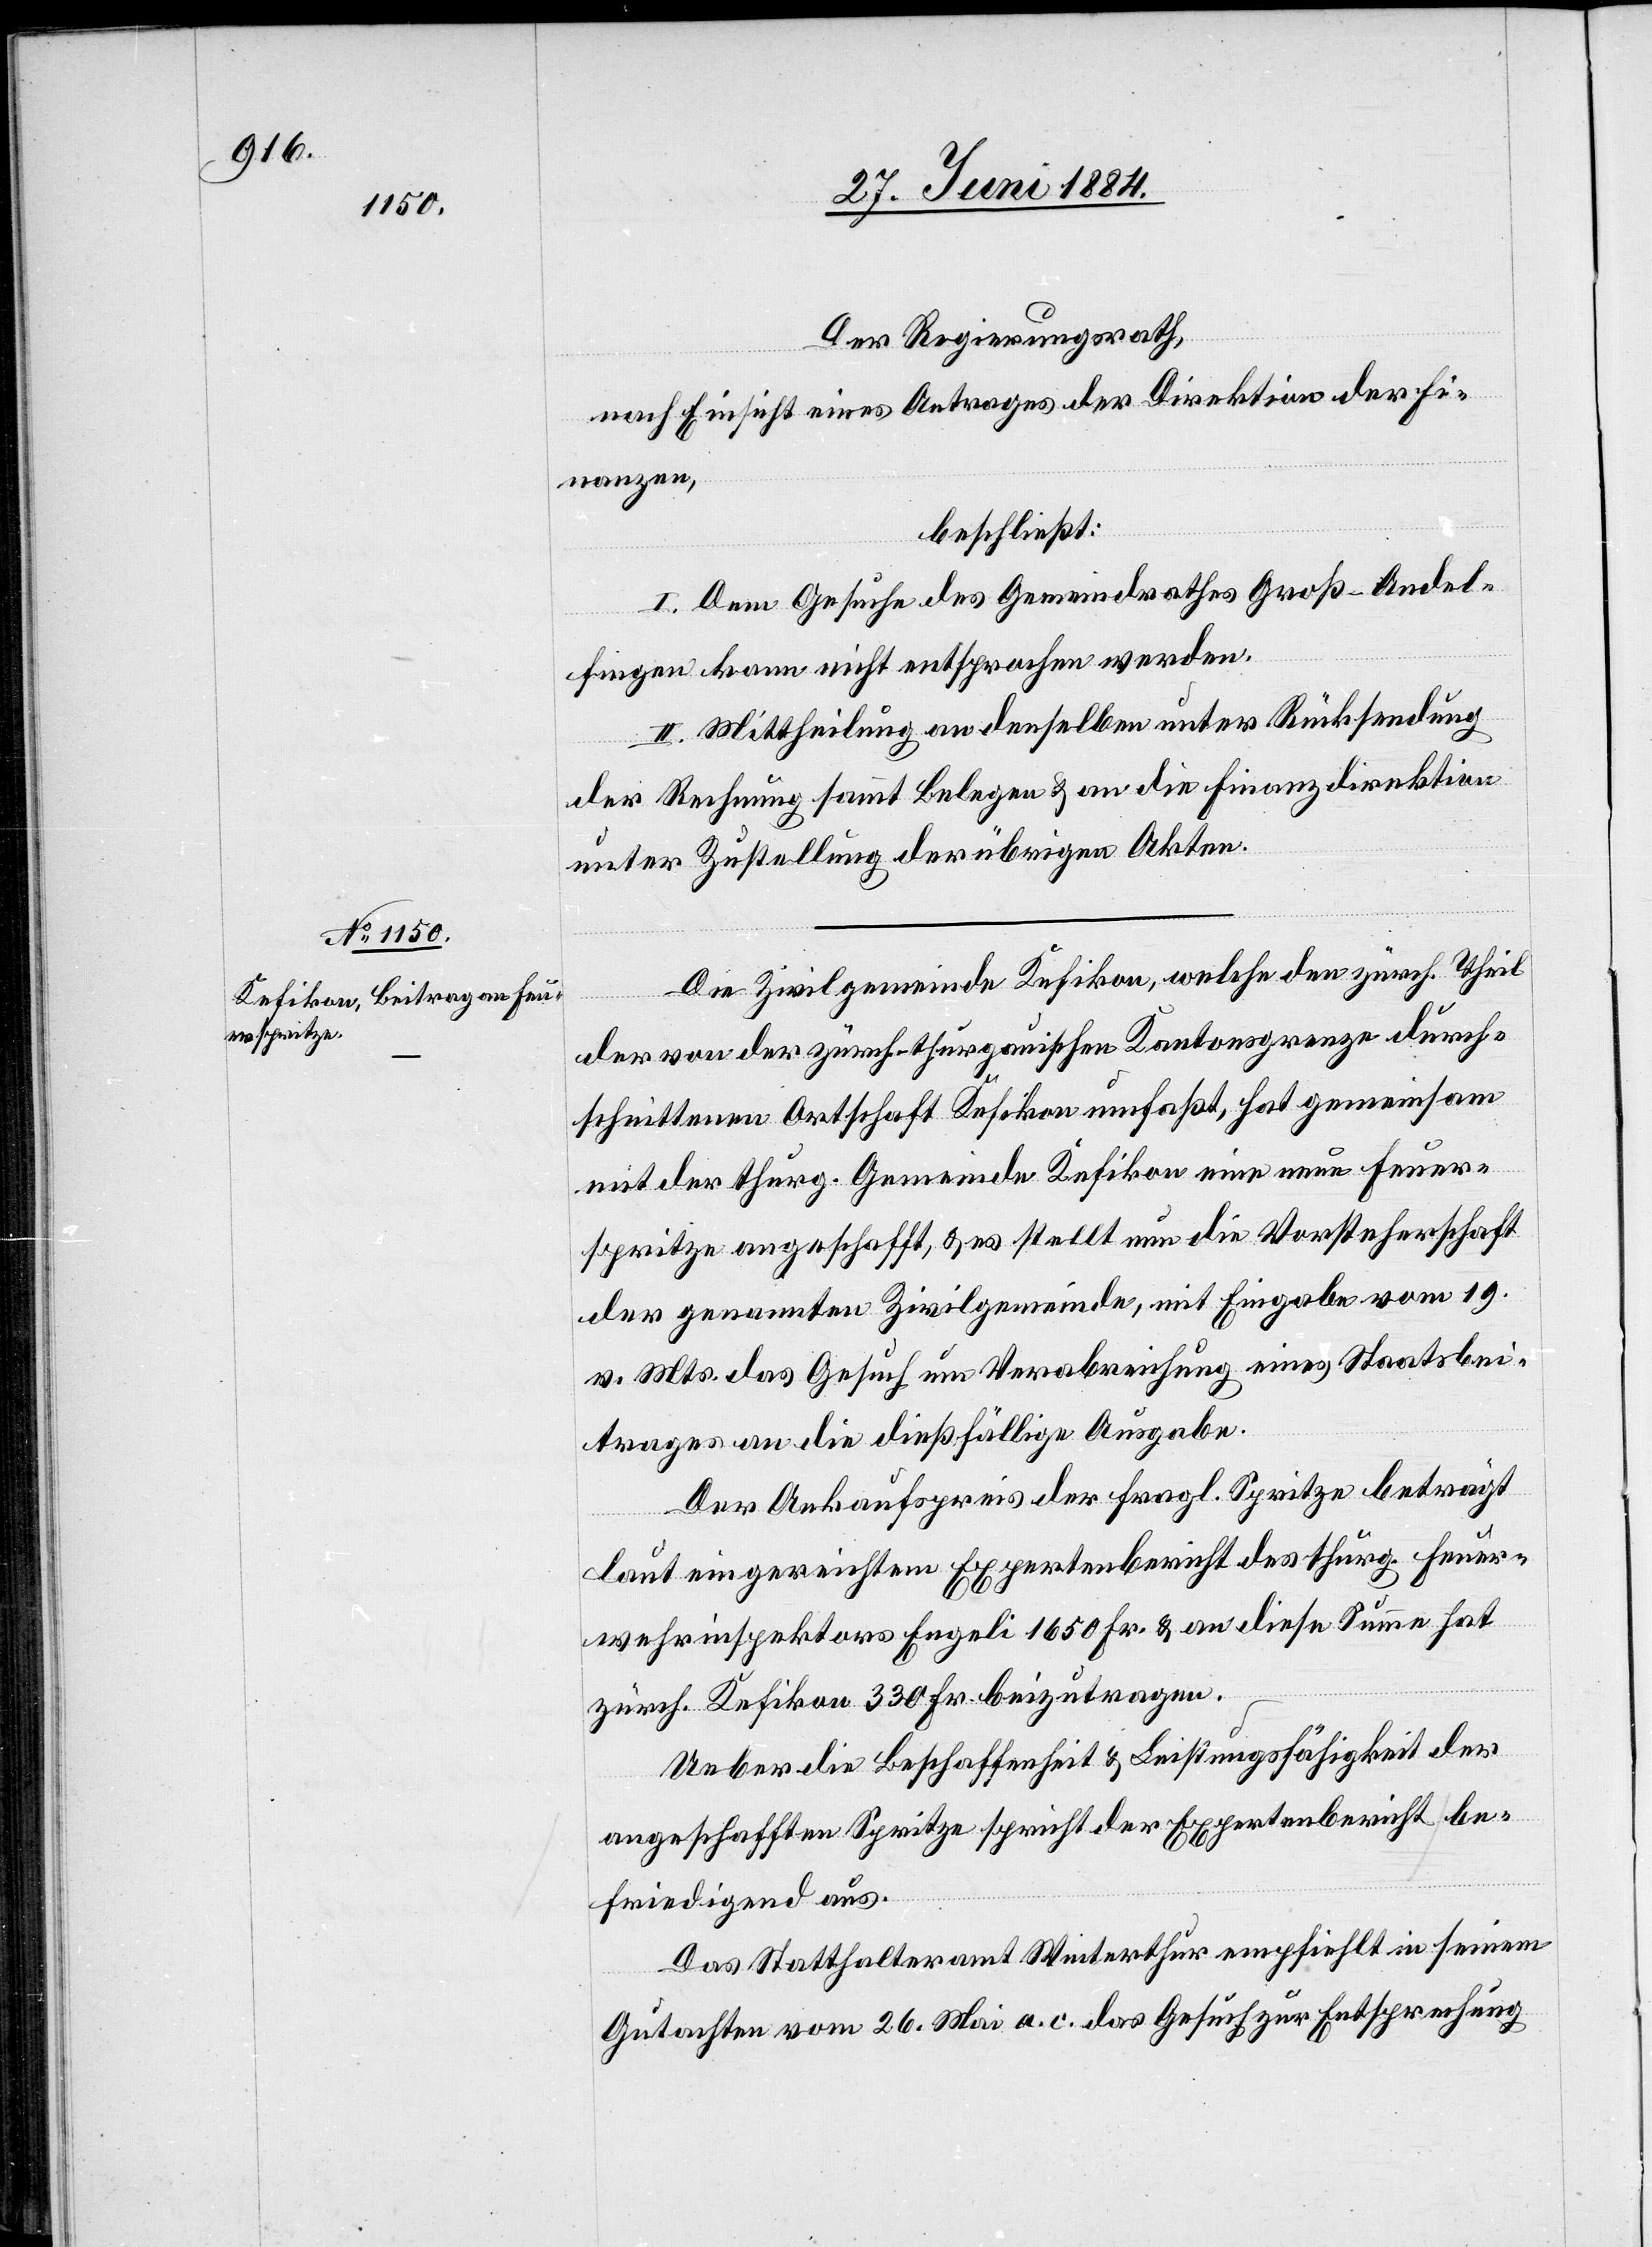
Der Regierungsrath,
nach Einsicht eines Antrages der Direktion der Fi¬
nanzen,
beschließt:
I. Dem Gesuche des Gemeindrathes Groß-Andel¬
fingen kann nicht entsprochen werden.
II. Mittheilung an denselben unter Rücksendung
der Rechnung sammt Belegen & an die Finanzdirektion
unter Zustellung der übrigen Akten.
Die Zivilgemeinde Kefikon, welche den zürch. Theil
der von der zürch.-thurgauischen Kantonsgrenze durch¬
schnittenen Ortschaft Kefikon umfaßt, hat gemeinsam
mit der thurg. Gemeinde Kefikon eine neue Feuer¬
spritze angeschafft, & es stellt nun die Vorsteherschaft
der genannten Zivilgemeinde, mit Eingabe vom 19.
v. Mts. das Gesuch um Verabreichung eines Staatsbei¬
trages an die dießfällige Ausgabe.
Der Ankaufspreis der fragl. Spritze beträgt
laut eingereichtem Expertenbericht des thurg. Feuer¬
wehrinspektors Engeli 1650 Fr. & an diese Summe hat
zürch. Kefikon 330 Fr. beizutragen.
Ueber die Beschaffenheit & Leistungsfähigkeit der
angeschafften Spritze spricht [sich] der Expertenbericht be¬
friedigend aus.
Das Statthalteramt Winterthur empfiehlt in seinem
Gutachten vom 26. Mai a. c. das Gesuch zur Entsprechung